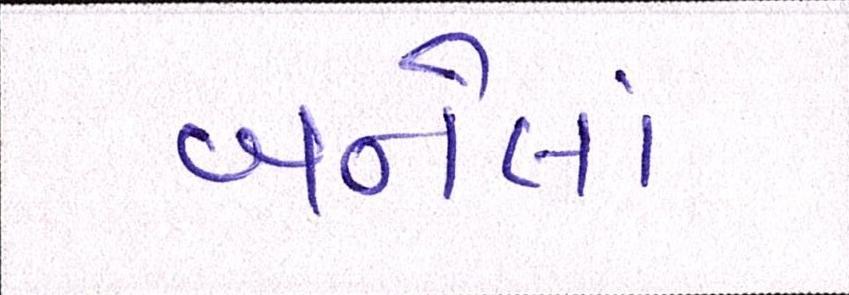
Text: બનેલાં